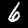
Digit: 6